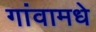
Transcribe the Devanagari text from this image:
गांवामधे